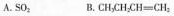
A. SO_{2} B. \mathrm{CH}_{3} \mathrm{CH}_{2} \mathrm{CH}=\mathrm{CH}_{2}